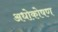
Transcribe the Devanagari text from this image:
अधोकोषण